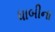
ધાબીના